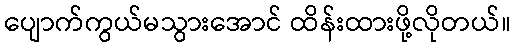
ပျောက်ကွယ်မသွားအောင် ထိန်းထားဖို့လိုတယ်။